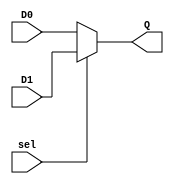
module MUX_v (input sel,
				  input [15:0] D0,
				  input [15:0] D1,
				  output reg [15:0] Q);
	//reg [15:0] temp;
	always@(D0 or D1 or sel) begin
		if(sel)
			Q <= D1;
		else
			Q <= D0;
	end
endmodule